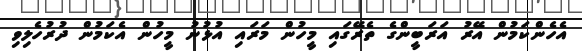
އެހެންކަމުން އޭރު އަރަބީންގެ ތެރޭގައި މީހުން މަރައި އުޅުނު މީހުން އެކަމުން ދުރުހެލިވި